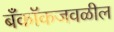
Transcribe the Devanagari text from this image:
बँकॉकजवळील